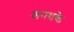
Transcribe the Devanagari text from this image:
अनथके